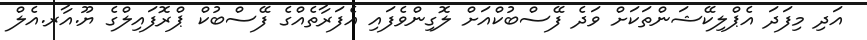
އަދި މިފަދަ އެޕްލިކޭޝަންތަކަށް ވަދެ ފޭސްބުކްއަށް ލޮގިންވެފައި އެފަރާތެއްގެ ފޭސްބުކް ޕްރޮފައިލްގެ ޔޫ.އާރ.އެލް